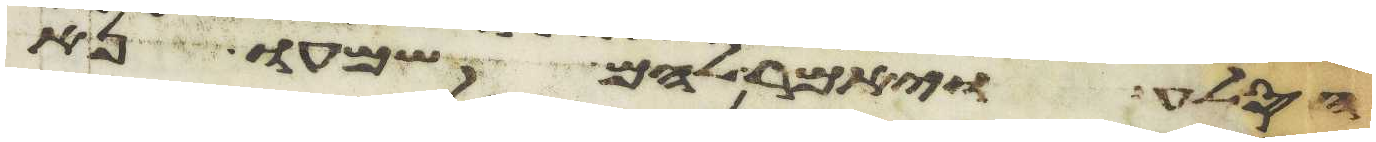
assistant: הסלע ויאמר להם שמעו נא